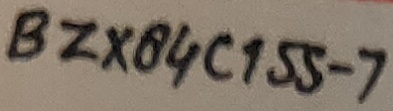
Text: BZX84C155-7